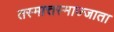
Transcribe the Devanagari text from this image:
तस्मात्तस्माज्जाता